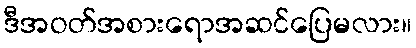
ဒီအဝတ်အစားရောအဆင်ပြေမလား။